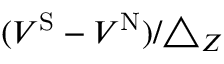
( V ^ { \mathrm { S } } - V ^ { \mathrm { N } } ) / { \triangle _ { Z } }